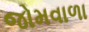
જોમવાળા